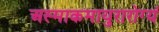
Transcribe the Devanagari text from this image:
अस्माकमायुरारोग्यं